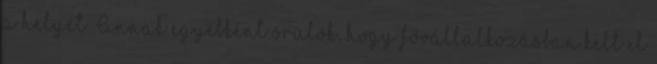
a helyét. Annak egyébként örülök, hogy fővállalkozásban kelt el